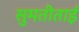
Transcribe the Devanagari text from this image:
सुमतीताई